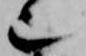
也